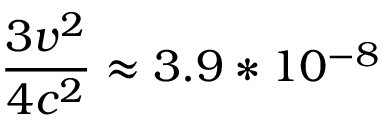
{ \frac { 3 v ^ { 2 } } { 4 c ^ { 2 } } } \approx 3 . 9 * 1 0 ^ { - 8 }